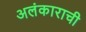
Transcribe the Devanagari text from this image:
अलंकाराची